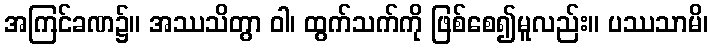
အကြင်ခဏ၌။ အဿသိတွာ ဝါ၊ ထွက်သက်ကို ဖြစ်စေ၍မူလည်း။ ပဿသာမိ၊